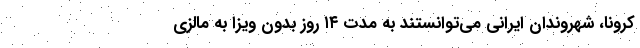
کرونا، شهروندان ایرانی می‌توانستند به مدت ۱۴ روز بدون ویزا به مالزی